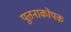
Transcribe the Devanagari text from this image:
पूतनाकोपक